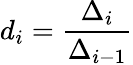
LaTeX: d_{i}=\frac{\Delta_{i}}{\Delta_{i-1}}